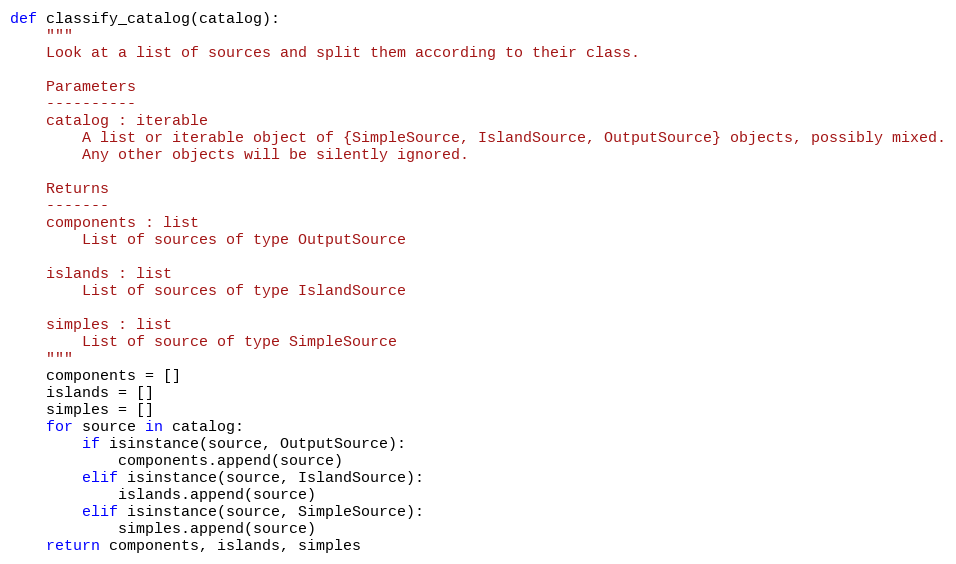
Language: Python
def classify_catalog(catalog):
    """
    Look at a list of sources and split them according to their class.

    Parameters
    ----------
    catalog : iterable
        A list or iterable object of {SimpleSource, IslandSource, OutputSource} objects, possibly mixed.
        Any other objects will be silently ignored.

    Returns
    -------
    components : list
        List of sources of type OutputSource

    islands : list
        List of sources of type IslandSource

    simples : list
        List of source of type SimpleSource
    """
    components = []
    islands = []
    simples = []
    for source in catalog:
        if isinstance(source, OutputSource):
            components.append(source)
        elif isinstance(source, IslandSource):
            islands.append(source)
        elif isinstance(source, SimpleSource):
            simples.append(source)
    return components, islands, simples